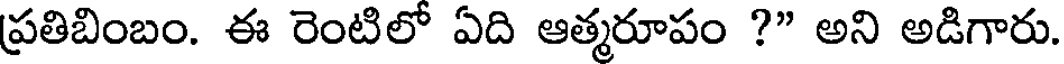
ప్రతిబింబం. ఈ రెంటిలో ఏది ఆత్మరూపం ?" అని అడిగారు.